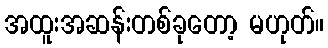
အထူးအဆန်းတစ်ခုတော့ မဟုတ်။